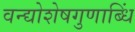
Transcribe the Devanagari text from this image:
वन्द्योशेषगुणाब्धिं